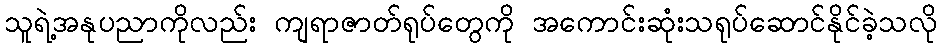
သူရဲ့အနုပညာကိုလည်း ကျရာဇာတ်ရုပ်တွေကို အကောင်းဆုံးသရုပ်ဆောင်နိုင်ခဲ့သလို